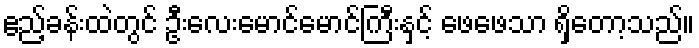
ဧည့်ခန်းထဲတွင် ဦးလေးမောင်မောင်ကြီးနှင့် ဖေဖေသာ ရှိတော့သည်။